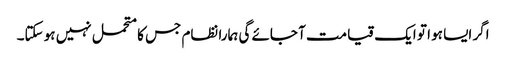
اگر ایسا ہو ا تو ایک قیامت آ جائے گی ہمارا نظام جس کامتحمل نہیں ہو سکتا۔